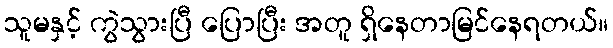
သူမနှင့် ကွဲသွားပြီ ပြောပြီး အတူ ရှိနေတာမြင်နေရတယ်။